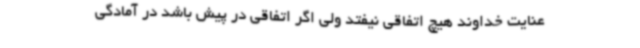
عنایت خداوند هیچ اتفاقی نیفتد ولی اگر اتفاقی در پیش باشد در آمادگی